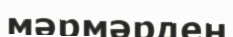
мәрмәрден